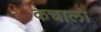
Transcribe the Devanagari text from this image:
कचाला